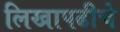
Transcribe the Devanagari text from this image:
लिखापढीचे